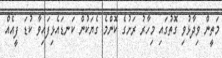
މަތީން ވިދާޅުވި ގޮތުގައި މިހާރު ރަށުގެ ކޮންމެ ގެޔަކުން ކަނޑައެޅިފައިވާ ކުޑަ ފީއެއް